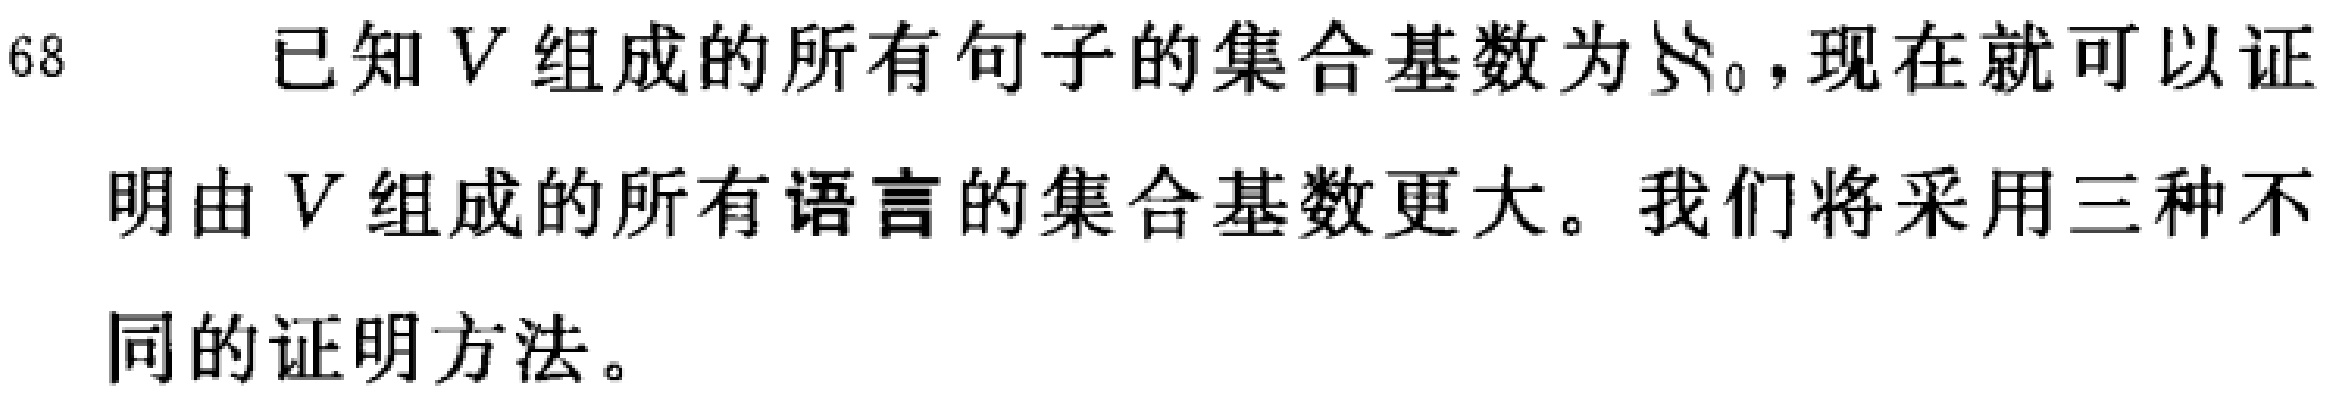
已知 \(V\) 组成的所有句子的集合基数为 \(\aleph_0\)，现在就可以证明由 \(V\) 组成的所有语言的集合基数更大。我们将采用三种不同的证明方法。